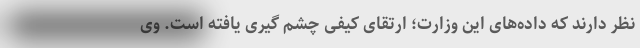
نظر دارند که داده‌های این وزارت؛ ارتقای کیفی چشم گیری یافته است. وی